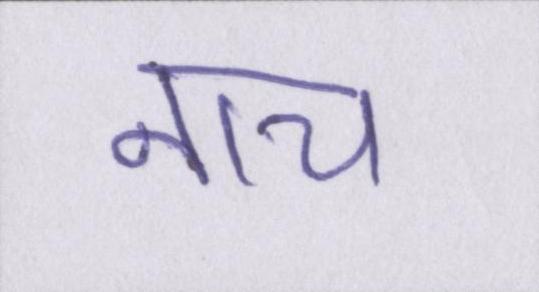
नाच